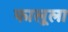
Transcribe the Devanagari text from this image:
फालूला